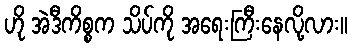
ဟို အဲဒီကိစ္စက သိပ်ကို အရေးကြီးနေလို့လား။